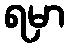
ရမှာ